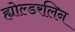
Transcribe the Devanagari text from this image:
ह्योल्डरलिन